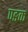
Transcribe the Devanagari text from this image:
पङक